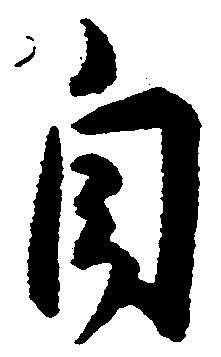
自